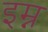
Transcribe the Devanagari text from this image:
इम्न